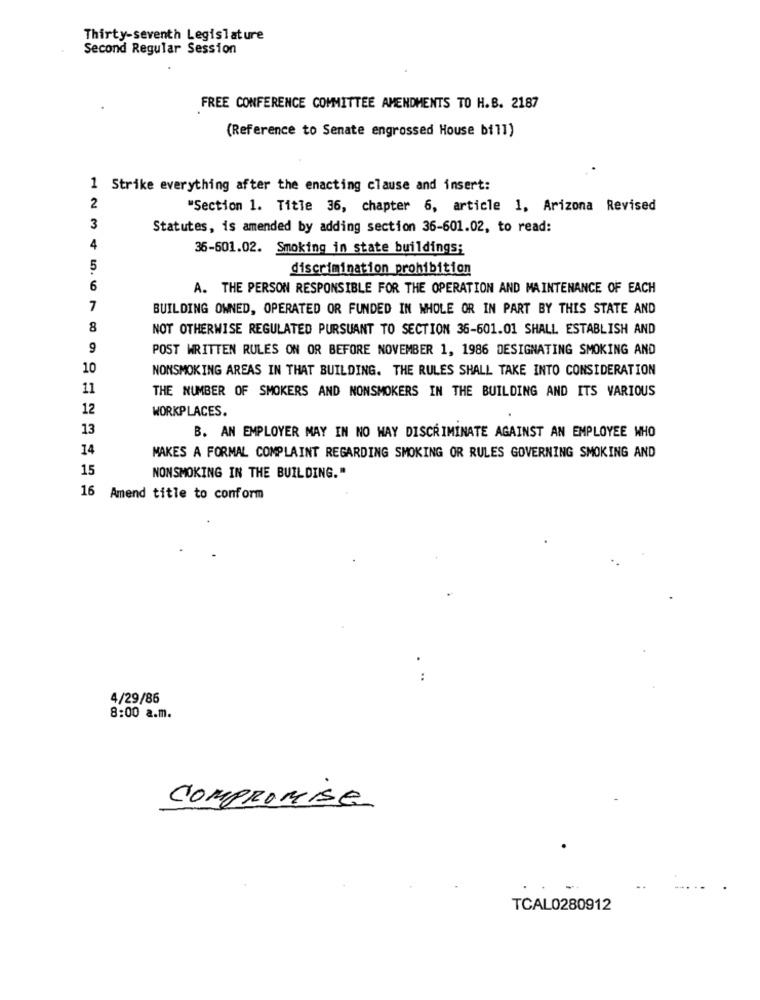
Thirty-seventh Legislature
Second Regular Session
FREE CONFERENCE COMMITTEE AMENDMENTS TO H.B. 2187
(Reference to Senate engrossed House bill)
1 Strike everything after the enacting clause and insert:
2
"Section 1. Title 36, chapter 6, article 1, Arizona Revised
3
Statutes, is amended by adding section 36-601.02, to read:
4
36-601.02. Smoking in state buildings;
5
discrimination prohibition
6
A. THE PERSON RESPONSIBLE FOR THE OPERATION AND MAINTENANCE OF EACH
7
BUILDING OWNED, OPERATED OR FUNDED IN WHOLE OR IN PART BY THIS STATE AND
8
NOT OTHERWISE REGULATED PURSUANT TO SECTION 36-601.01 SHALL ESTABLISH AND
9
POST WRITTEN RULES ON OR BEFORE NOVEMBER 1, 1986 DESIGNATING SMOKING AND
10
NONSMOKING AREAS IN THAT BUILDING. THE RULES SHALL TAKE INTO CONSIDERATION
11
THE NUMBER OF SMOKERS AND NONSMOKERS IN THE BUILDING AND ITS VARIOUS
12
WORKPLACES.
13
B. AN EMPLOYER MAY IN NO HAY DISCRIMINATE AGAINST AN EMPLOYEE WHO
14
MAKES A FORMAL COMPLAINT REGARDING SMOKING OR RULES GOVERNING SMOKING AND
15
NONSMOKING IN THE BUILDING."
16 Amend title to conform
4/29/86
8:00 a.m.
COMPROMise
TCAL0280912